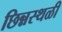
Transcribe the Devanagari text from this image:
छिन्नस्थळी